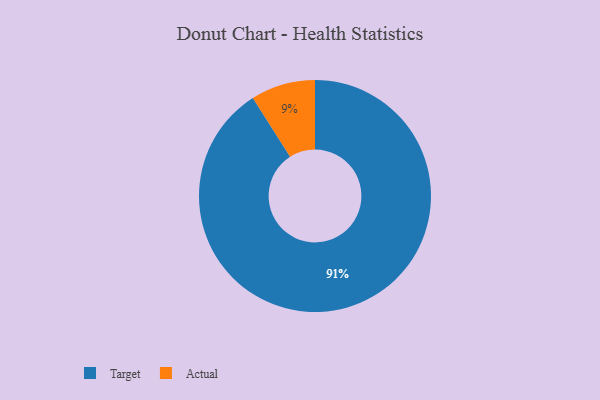
{"axis": {"x": "Category", "y": "Percentage"}, "legend": ["Actual", "Target"], "data": [{"x": "Actual", "y": 9, "type": "Actual"}, {"x": "Target", "y": 91, "type": "Target"}]}